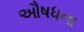
ઔષધના